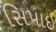
સિપાઇ